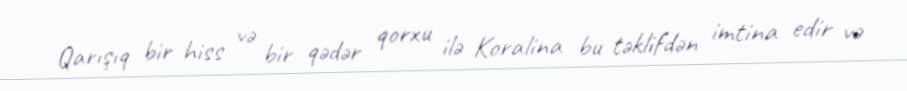
Qarışıq bir hiss və bir qədər qorxu ilə Koralina bu təklifdən imtina edir və